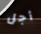
أجل